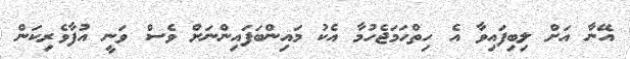
އޭނާ އަށް ލިބިފައިވާ އެ ހިތްހަމަޖެހުމާ އެކު މައިންބަފައިންނަށް ވެސް ވަނީ އުފާވެރިކަން